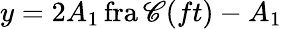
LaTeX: y=2A_{1}\operatorname{fra\mathscr{C}}(ft)-A_{1}